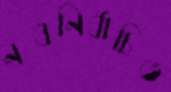
নবনির্বাচিত